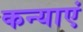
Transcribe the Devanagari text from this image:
कन्‍याएं